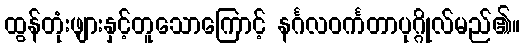
ထွန်တုံးဖျားနှင့်တူသောကြောင့် နင်္ဂလဝင်္ကတာပုဂ္ဂိုလ်မည်၏။